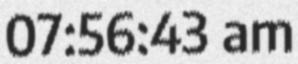
07:56:43 am